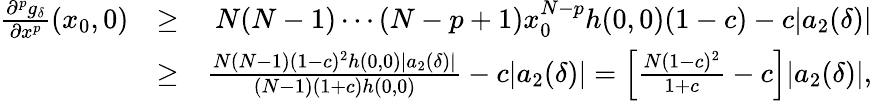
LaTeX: \begin{array}{rlr}{\frac{\partial^{p}g_{\delta}}{\partial x^{p}}(x_{0},0)}&{\geq}&{N(N-1)\cdots(N-p+1)x_{0}^{N-p}h(0,0)(1-c)-c|a_{2}(\delta)|}\\ &{\geq}&{\frac{N(N-1)(1-c)^{2}h(0,0)|a_{2}(\delta)|}{(N-1)(1+c)h(0,0)}-c|a_{2}(\delta)|=\left[\frac{N(1-c)^{2}}{1+c}-c\right]|a_{2}(\delta)|,}\end{array}